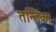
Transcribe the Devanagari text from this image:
तन्तिका